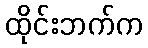
ထိုင်းဘက်က